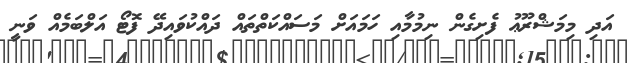
އަދި މިމަޝްރޫޢު ފެށިގެން ނިމުމާއި ހަމައަށް މަސައްކަތްތައް ދައްކުވައިދޭ ފޮޓޯ އަލްބަމެއް ވަނީ